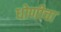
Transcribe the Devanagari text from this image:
धोणीचा